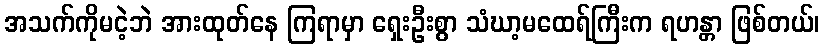
အသက်ကိုမငဲ့ဘဲ အားထုတ်နေ ကြရာမှာ ရှေးဦးစွာ သံဃာ့မထေရ်ကြီးက ရဟန္တာ ဖြစ်တယ်၊